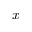
x